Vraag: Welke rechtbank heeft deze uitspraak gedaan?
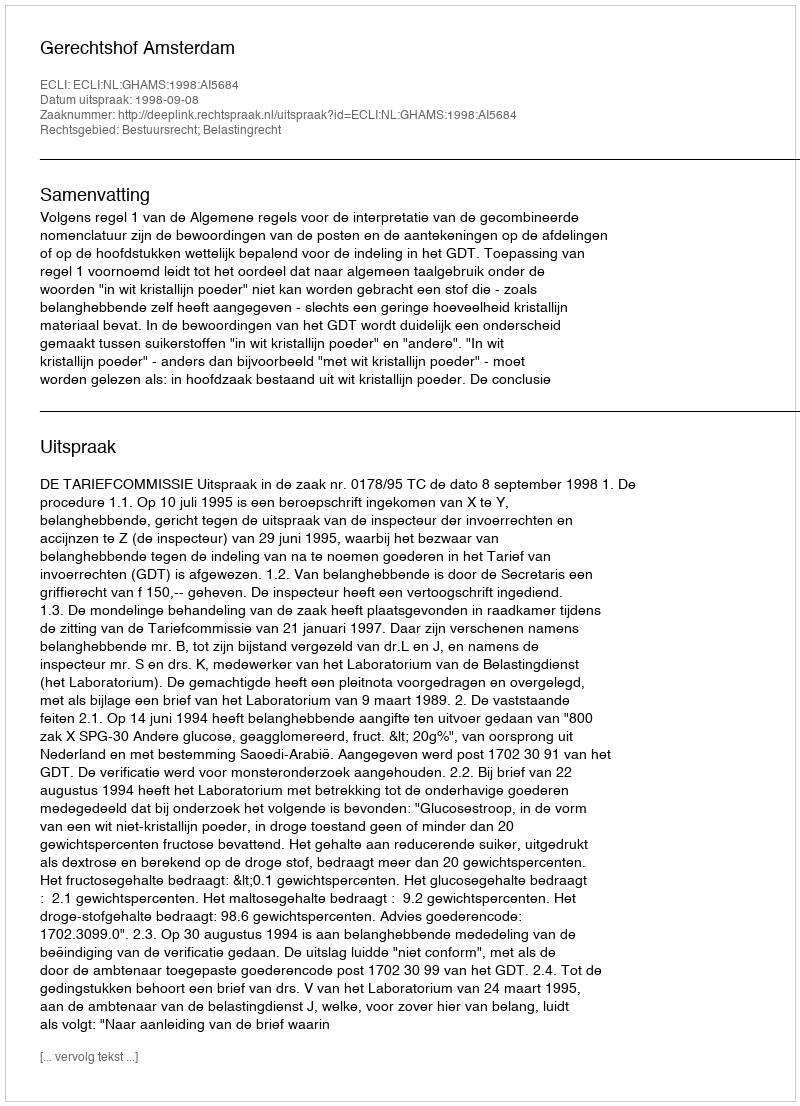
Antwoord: Gerechtshof Amsterdam